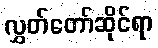
လွှတ်တော်ဆိုင်ရာ